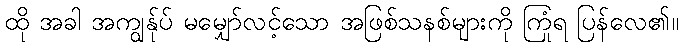
ထို အခါ အကျွန်ုပ် မမျှော်လင့်သော အဖြစ်သနစ်များကို ကြုံရ ပြန်လေ၏။